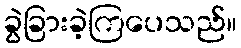
ခွဲခြားခဲ့ကြပေသည်။